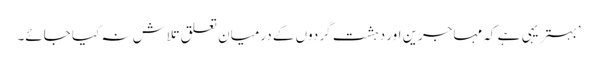
’بہتر یہی ہے کہ مہاجرین اور دہشت گردوں کے درمیان تعلق تلاش نہ کیا جائے۔